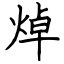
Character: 焯